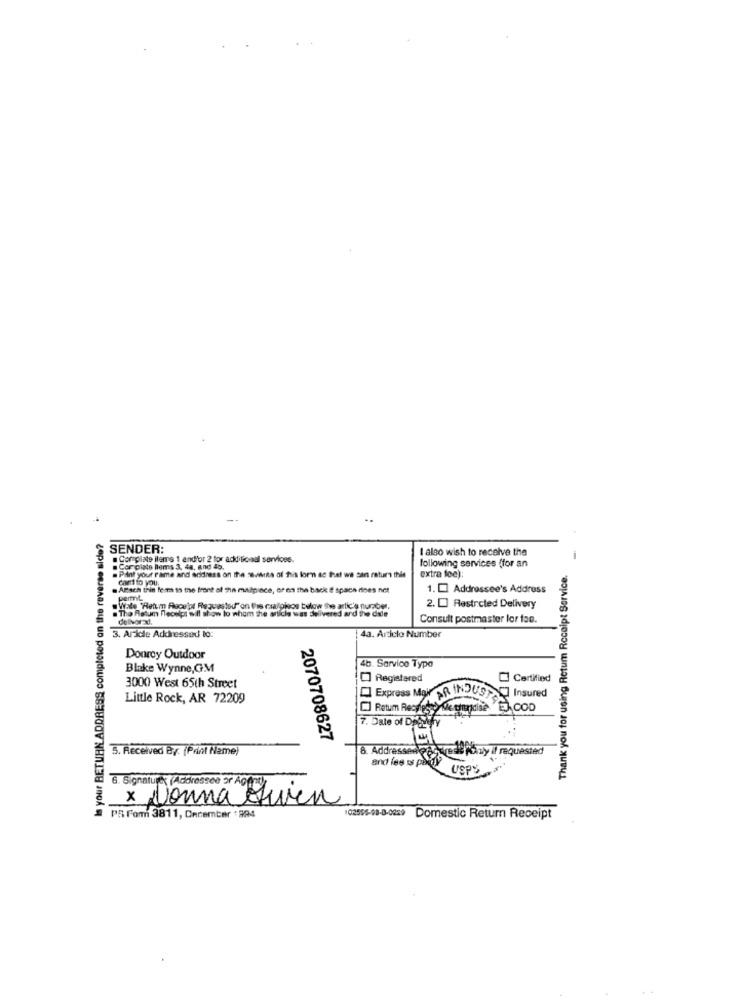
--
Is your RETURN ADDRESS completed an the reverse side?
SENDER:
I algo wish to receive the
. Cornplate ilems 1 and'or 2 for additional services.
following services (for an
. Cor plate Blems 3. 4a, and 4b.
Thank you for using Retum Receipt Service.
. Print your name and address on the SOMwina of his for ac that we san natura this
cart to you.
extra fee):
. Attach trin fem to the front of The malpince, or on the back If spaen does not
1. [] Addressee's Address
permt
Wate "Return Auceipt Requested"on Pris cilojos below the artic's number,
The Flatum Recept will show to whom the article was delivered and the dale
2. [] Restricted Delivery
Consult postmaster lor fae.
3. Aride Addressed to:
43. Arciclo Number
Donrey Outdoor
Blake Wynne, GM
4b. Sarvico Typa
] Registered
Certified
3000 West 65th Street
Little Rock, AR 72209
Express Mai AR INDUS Insured
Retum Recylestyle thurdise COD
7. Date of Doby
2070708627
5. Received By: (Print Name)
8. Addressed gastesk Piny a requested
6. Signature (Addressee or AO
x Donna Given
PS form 3811, December '894
02566-48-8-0259 Domestic Return Receipt